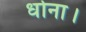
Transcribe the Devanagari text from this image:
धोना।